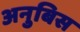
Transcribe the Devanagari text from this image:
अनुबिस